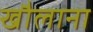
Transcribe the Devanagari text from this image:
खौलाना